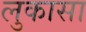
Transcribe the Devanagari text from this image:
लुकासा